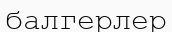
балгерлер